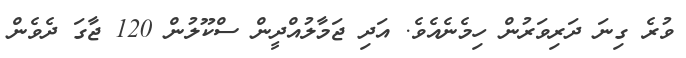
ވުރެ ގިނަ ދަރިވަރުން ހިމެނެއެވެ. އަދި ޖަމާލުއްދީން ސްކޫލުން 120 ޖާގަ ދެވެން